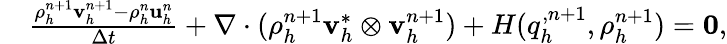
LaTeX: \begin{array}{rl}&{\frac{\rho_{h}^{n+1}\mathbf v_{h}^{n+1}-\rho_{h}^{n}\mathbf u_{h}^{n}}{\Delta t}+\nabla\cdot(\rho_{h}^{n+1}\mathbf v_{h}^{*}\otimes\mathbf v_{h}^{n+1})+H(q_{h}^{,n+1},\rho_{h}^{n+1})=\boldsymbol{0},}\end{array}